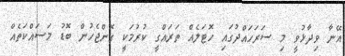
އޭނާ ވިދާޅުވީ މި ސަރަހައްދުގައި ހޮޓަލެއް ތަރައްގީ ކުރުމަކީ ގޮންޖެހުން ބޮޑު މަސައްކަތެއް